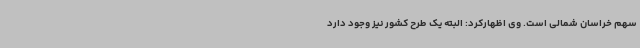
سهم خراسان شمالی است. وی اظهارکرد: البته یک طرح کشور نیز وجود دارد